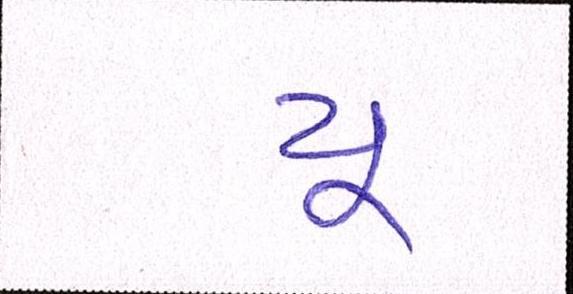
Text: યૂ